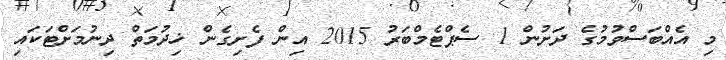
މި އެއްބަސްވުމުގެ ދަށުން 1 ސެޕްޓެމްބަރު 2015 އިން ފެށިގެން ޚިދުމަތް ދިނުމަށްޓަކައި